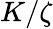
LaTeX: K/\zeta